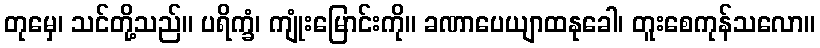
တုမှေ၊ သင်တို့သည်။ ပရိက္ခံ၊ ကျုံးမြောင်းကို။ ခဏာပေယျာထနုခေါ၊ တူးစေကုန်သလော။